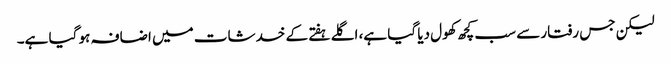
لیکن جس رفتار سے سب کچھ کھول دیا گیا ہے، اگلے ہفتے کے خدشات میں اضافہ ہو گیا ہے۔